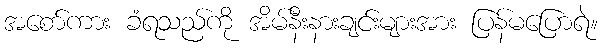
အစော်ကား ခံရသည်ကို အိမ်နီးနားချင်းများအား ပြန်မပြောရဲ။